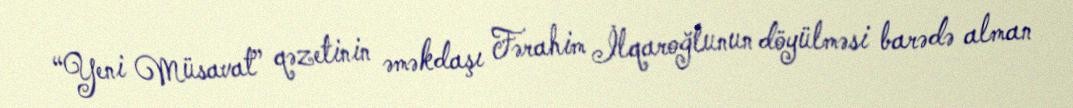
“Yeni Müsavat” qəzetinin əməkdaşı Fərahim İlqaroğlunun döyülməsi barədə alman